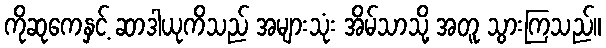
ကိုဆုကေနှင့် ဆာဒါယုကိသည် အများသုံး အိမ်သာသို့ အတူ သွားကြသည်။